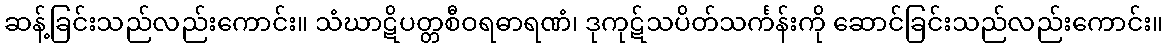
ဆန့်ခြင်းသည်လည်းကောင်း။ သံဃာဋိပတ္တစီဝရဓာရဏံ၊ ဒုကုဋ်သပိတ်သင်္ကန်းကို ဆောင်ခြင်းသည်လည်းကောင်း။